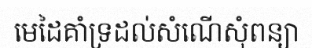
មេដៃគាំទ្រដល់សំណើសុំពន្យា